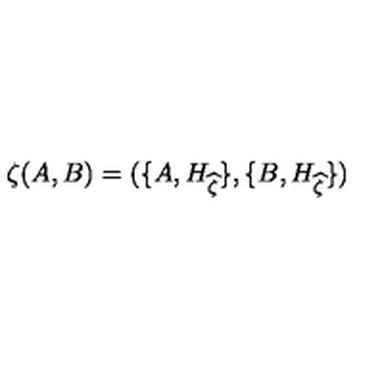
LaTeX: \zeta ( A , B ) = ( \{ A , H _ { \widehat { \zeta } } \} , \{ B , H _ { \widehat { \zeta } } \} ) \,